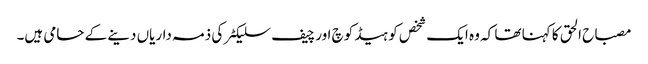
مصباح الحق کا کہنا تھا کہ وہ ایک شخص کو ہیڈ کوچ اور چیف سلیکٹر کی ذمہ داریاں دینے کے حامی ہیں۔